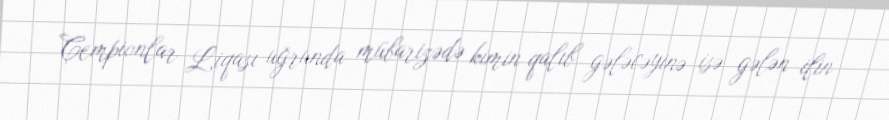
Çempionlar Liqası uğrunda mübarizədə kimin qalıb gələcəyinə isə gələn ilin